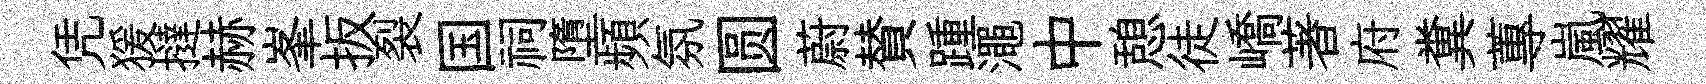
凭猨撻赫峯扳裂国祠墮頻氛圆蔚賛踵澠中憩徒嶠著府糞蓴嵐耀